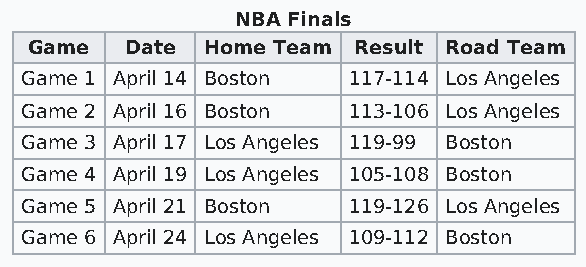
NBA Finals
 Game  Date Home Team Result Road Team
 Game 1 April 14 Boston 117-114 Los Angeles
 Game 2 April 16 Boston 113-106 Los Angeles
 Game 3 April 17 Los Angeles 119-99 Boston
 Game 4 April 19 Los Angeles 105-108 Boston
 Game 5 April 21 Boston 119-126 Los Angeles
 Game 6 April 24 Los Angeles 109-112 Boston